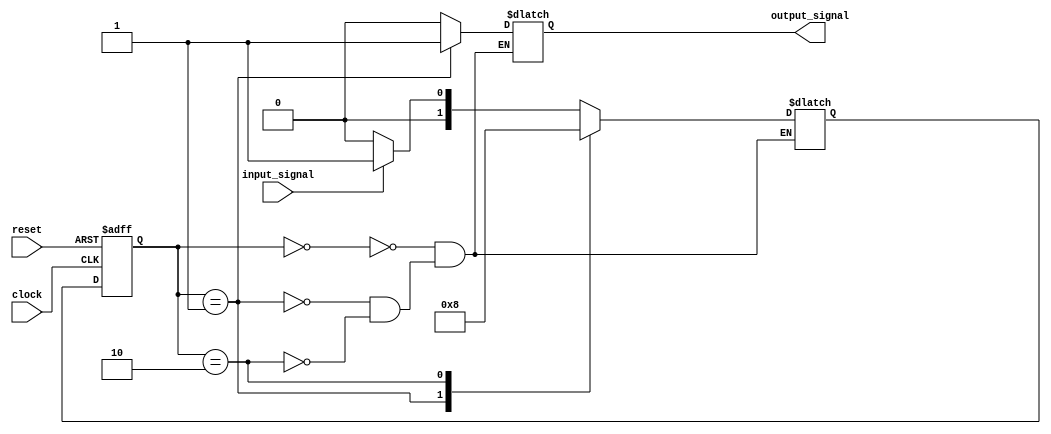
module fsm (
    input clock,
    input reset,
    input input_signal,
    output reg output_signal
);

parameter WAIT_STATE = 2'b00;
parameter STATE_A = 2'b01;
parameter STATE_B = 2'b10;

reg [1:0] current_state;
reg [1:0] next_state;

// State transition logic
always @(posedge clock or posedge reset) begin
    if (reset) begin
        current_state <= WAIT_STATE;
    end else begin
        current_state <= next_state;
    end
end

// Next state logic based on current state
always @* begin
    case (current_state)
        WAIT_STATE: begin
            if (input_signal) begin
                next_state = STATE_A;
            end else begin
                next_state = WAIT_STATE;
            end
        end
        STATE_A: begin
            next_state = STATE_B;
        end
        STATE_B: begin
            next_state = WAIT_STATE;
        end
    endcase
end

// Output logic based on current state
always @* begin
    case (current_state)
        WAIT_STATE: begin
            output_signal = 0;
        end
        STATE_A: begin
            output_signal = 1;
        end
        STATE_B: begin
            output_signal = 0;
        end
    endcase
end

endmodule